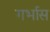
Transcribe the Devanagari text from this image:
गर्भास